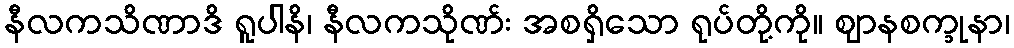
နီလကသိဏာဒိ ရူပါနိ၊ နီလကသိုဏ်း အစရှိသော ရုပ်တို့ကို။ ဈာနစက္ခုနာ၊